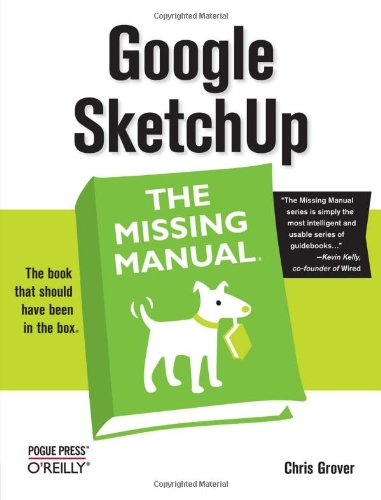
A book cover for Google SketchUp: The Missing Manual; Chris Grover; Computers & Technology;